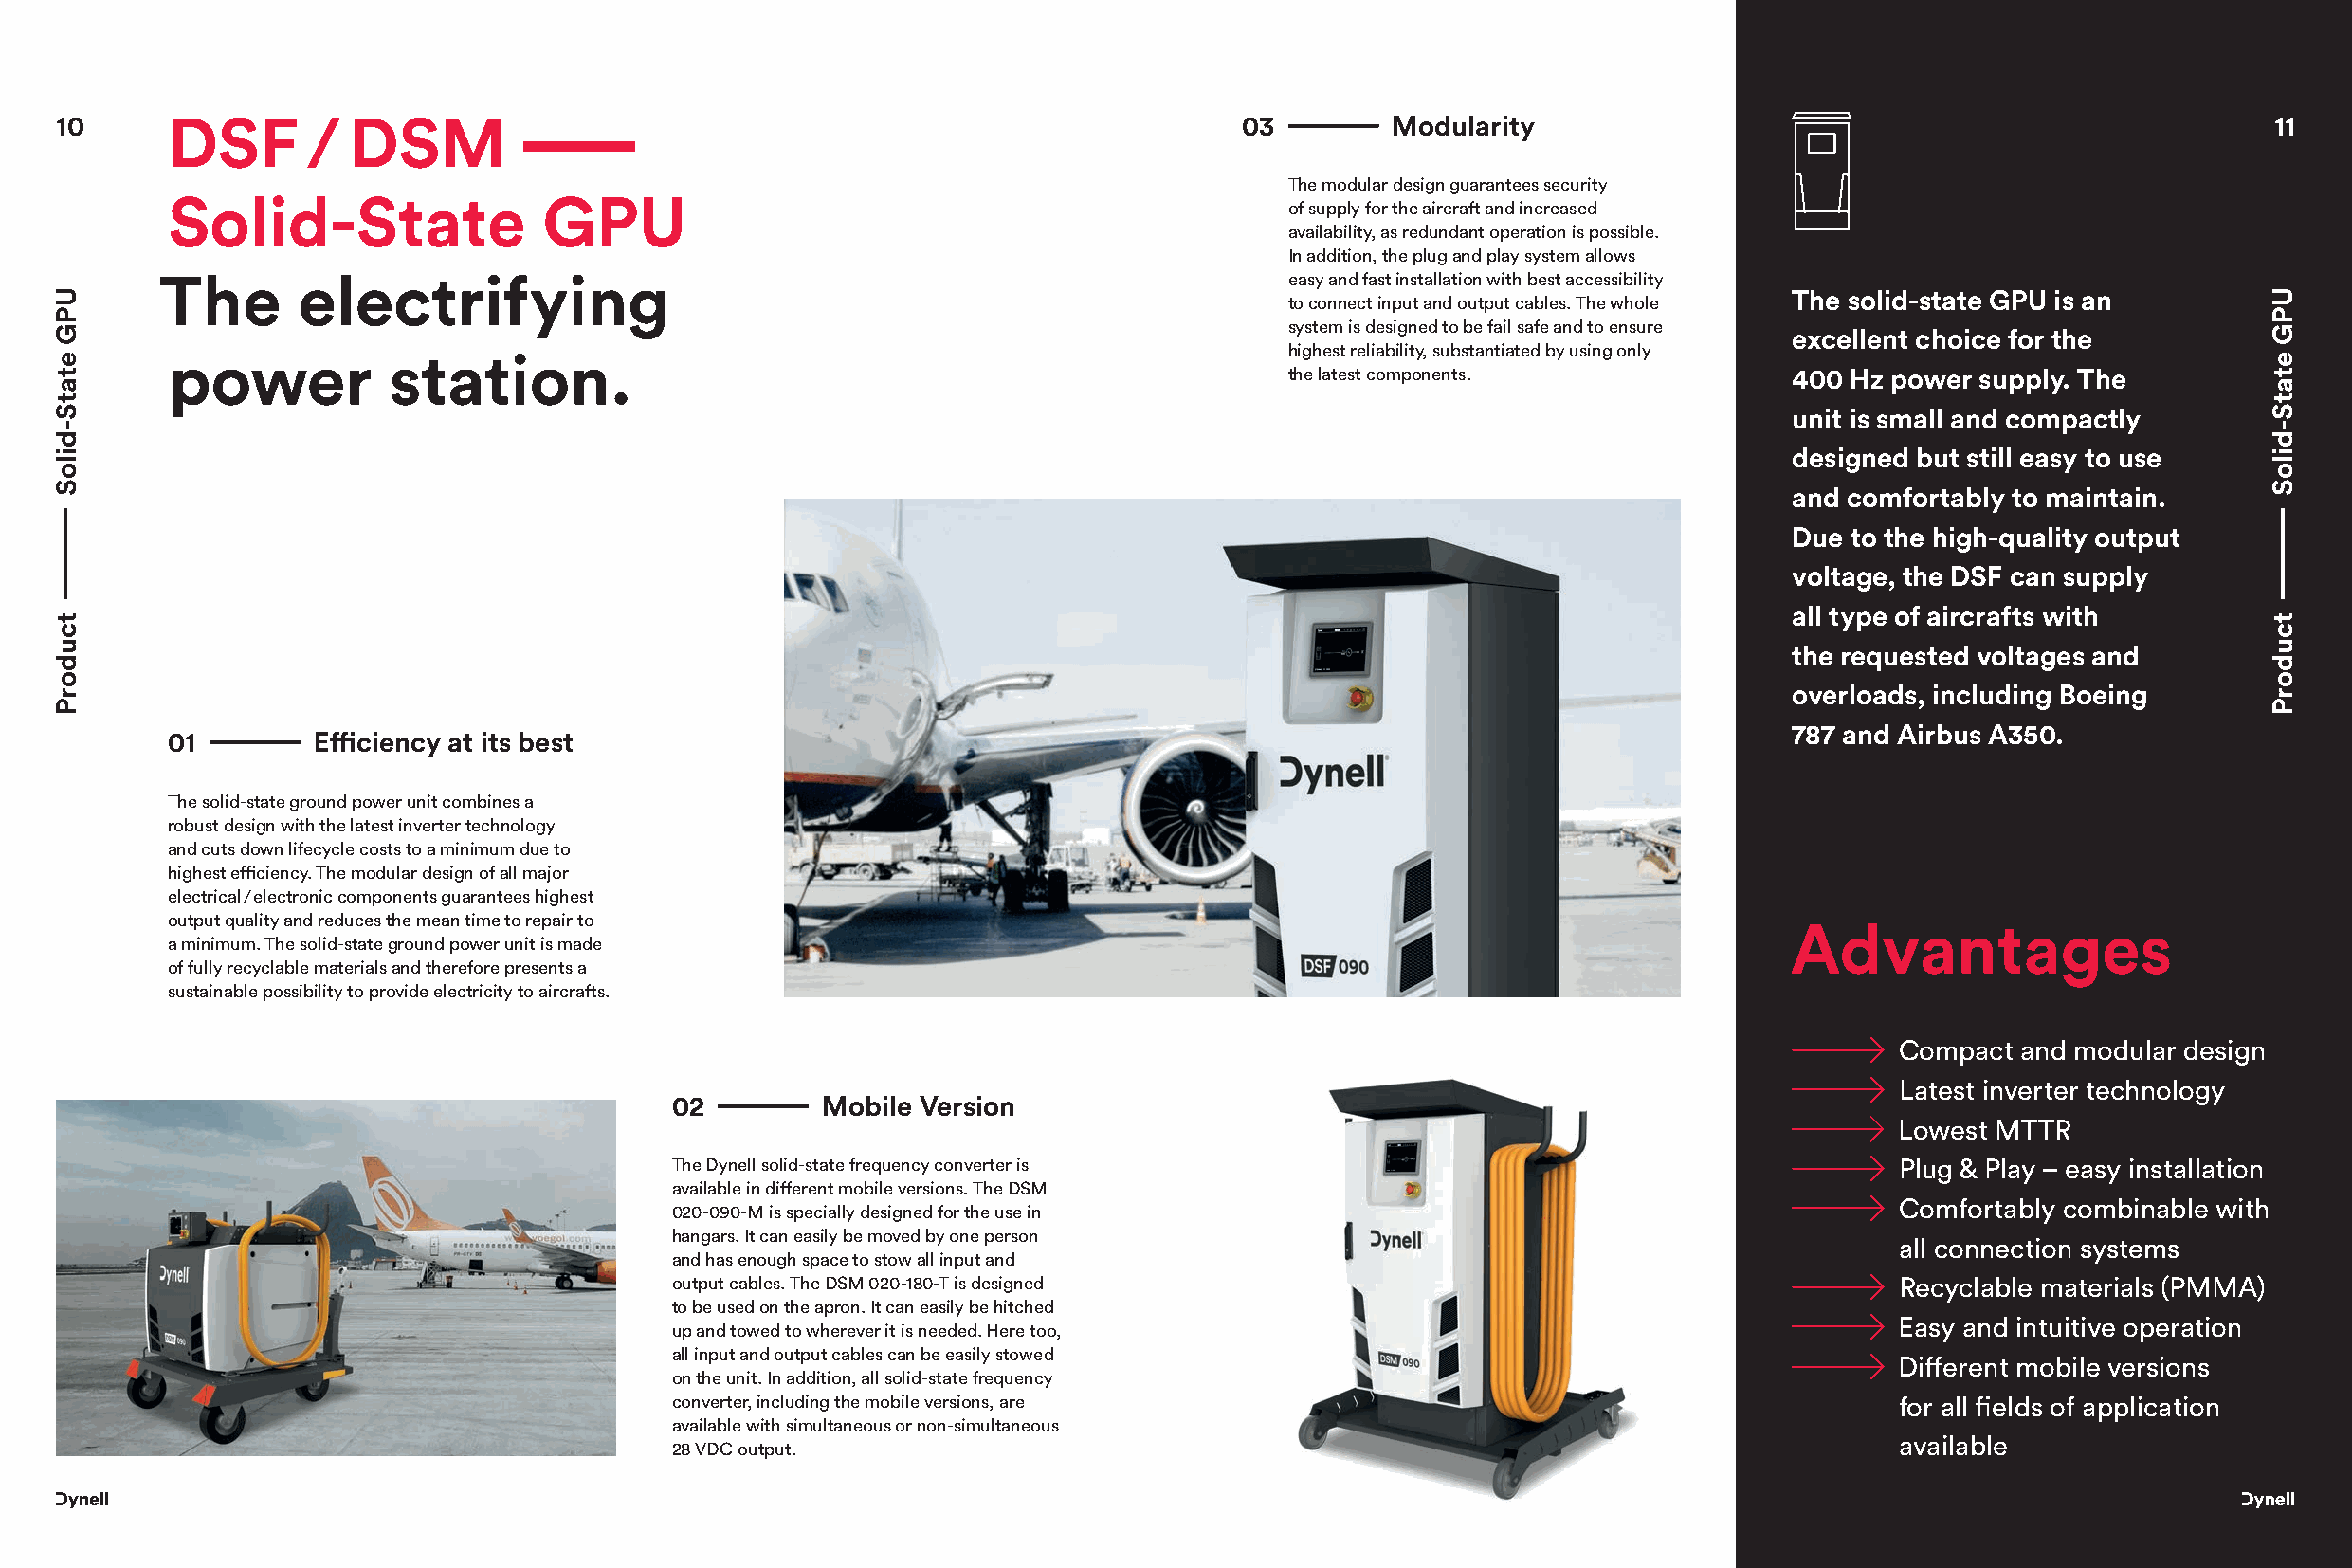
10      DSF      /  DSM                                                            03        Modularity                                                    11
 The modular design guarantees security
 Solid-State               GPU
 of supply for the aircraft and increased
 availability, as redundant operation is possible.
 In addition, the plug and play system allows
 The       electrifying                                                         easy and fast installation with best accessibility
 The solid-state GPU is an
 to connect input and output cables. The whole
 system is designed to be fail safe and to ensure
 excellent choice for the
 highest reliability, substantiated by using only
 power          station.
 the latest components.             400 Hz power supply. The
 unit is small and compactly
 designed but still easy to use
 and comfortably to maintain.
 Due to the high-quality output
 voltage, the DSF can supply
 all type of aircrafts with
 the requested voltages and
 overloads, including Boeing
 787 and Airbus A350.
 01        Effi ciency at its best
 The solid-state ground power unit combines a
 robust design with the latest inverter technology
 and cuts down lifecycle costs to a minimum due to
 highest effi ciency. The modular design of all major
 electrical / electronic components guarantees highest
 output quality and reduces the mean time to repair to
 Advantages
 a minimum. The solid-state ground power unit is made
 of fully recyclable materials and therefore presents a
 sustainable possibility to provide electricity to aircrafts.
 Compact and modular design
 Latest inverter technology
 02        Mobile Version
 Lowest MTTR
 The Dynell solid-state frequency converter is                                         Plug & Play – easy installation
 available in diff erent mobile versions. The DSM
 Comfortably combinable with
 020-090-M is specially designed for the use in
 hangars. It can easily be moved by one person
 all connection systems
 and has enough space to stow all input and
 output cables. The DSM 020-180-T is designed                                          Recyclable materials (PMMA)
 to be used on the apron. It can easily be hitched
 Easy and intuitive operation
 up and towed to wherever it is needed. Here too,
 all input and output cables can be easily stowed
 Diff erent mobile versions
 on the unit. In addition, all solid-state frequency
 converter, including the mobile versions, are                                         for all fi elds of application
 available with simultaneous or non-simultaneous
 available
 28 VDC output.
 UPG
 etatS-diloS
 tcudorP
 UPG
 etatS-diloS
 tcudorP